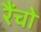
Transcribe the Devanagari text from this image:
रैंचो